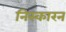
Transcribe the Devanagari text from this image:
निस्कारन